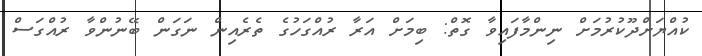
ކުއްޔަށްދޫކުރުމަށް ނިންމާފައިވާ ގޮތް: ބިމަށް އަރާ ރުއްގަހުގެ ތެރެއިން ނަގަން ބޭނުންވާ ރުއްގަސް